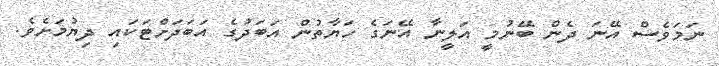
ނަމަވެސް އޭނަ ދެން ބޭނުމީ އަލީނާ އޭނަގެ ހަޔާތުން އަބަދުގެ އަބަދަށްޓަކައި ދިޔުމަށެވެ.